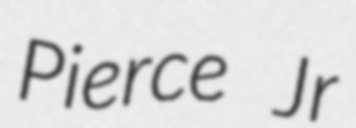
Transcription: Pierce Jr